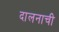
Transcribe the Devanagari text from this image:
दालनाची